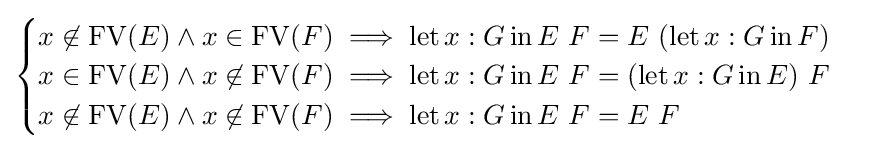
{\begin{cases}x\not \in \operatorname {FV} (E)\land x\in \operatorname {FV} (F)\implies \operatorname {let} x:G\operatorname {in} E\ F=E\ (\operatorname {let} x:G\operatorname {in} F)\\x\in \operatorname {FV} (E)\land x\not \in \operatorname {FV} (F)\implies \operatorname {let} x:G\operatorname {in} E\ F=(\operatorname {let} x:G\operatorname {in} E)\ F\\x\not \in \operatorname {FV} (E)\land x\not \in \operatorname {FV} (F)\implies \operatorname {let} x:G\operatorname {in} E\ F=E\ F\end{cases}}